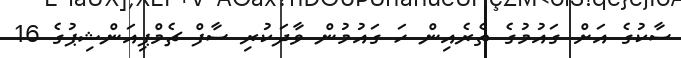
ސާކުގެ އަށް ގައުމުގެ ތެރެއިން ހަ ގައުމުން ވާދަކުރި ސާފް ޗެމްޕިއަންޝިޕުގެ 16